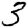
Digit: 3